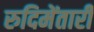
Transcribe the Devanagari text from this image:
रुदिमेंतारी